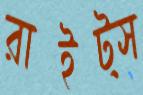
রাইট্স